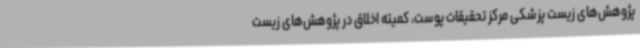
پژوهش‌های زیست پزشکی مرکز تحقیقات پوست، کمیته اخلاق در پژوهش‌های زیست